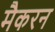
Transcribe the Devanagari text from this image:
मैकरन